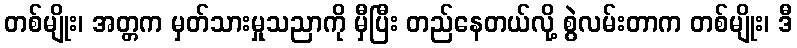
တစ်မျိုး၊ အတ္တက မှတ်သားမှုသညာကို မှီပြီး တည်နေတယ်လို့ စွဲလမ်းတာက တစ်မျိုး၊ ဒီ